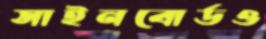
সাইনবোর্ডও